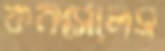
কনসোলস